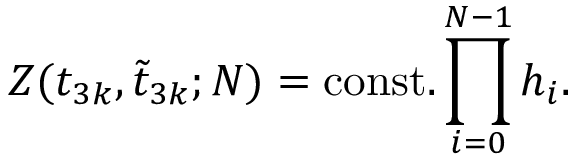
Z ( t _ { 3 k } , \tilde { t } _ { 3 k } ; N ) = \mathrm { c o n s t . } \prod _ { i = 0 } ^ { N - 1 } h _ { i } .